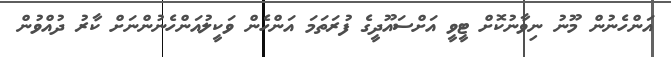
އަންހެނުން މޫނު ނިވާނުކޮށް ޓީވީ އަށްސައޫދީގެ ފުރަތަމަ އަންހެން ވަކީލުއަންހެނުންނަށް ކާރު ދުއްވުން